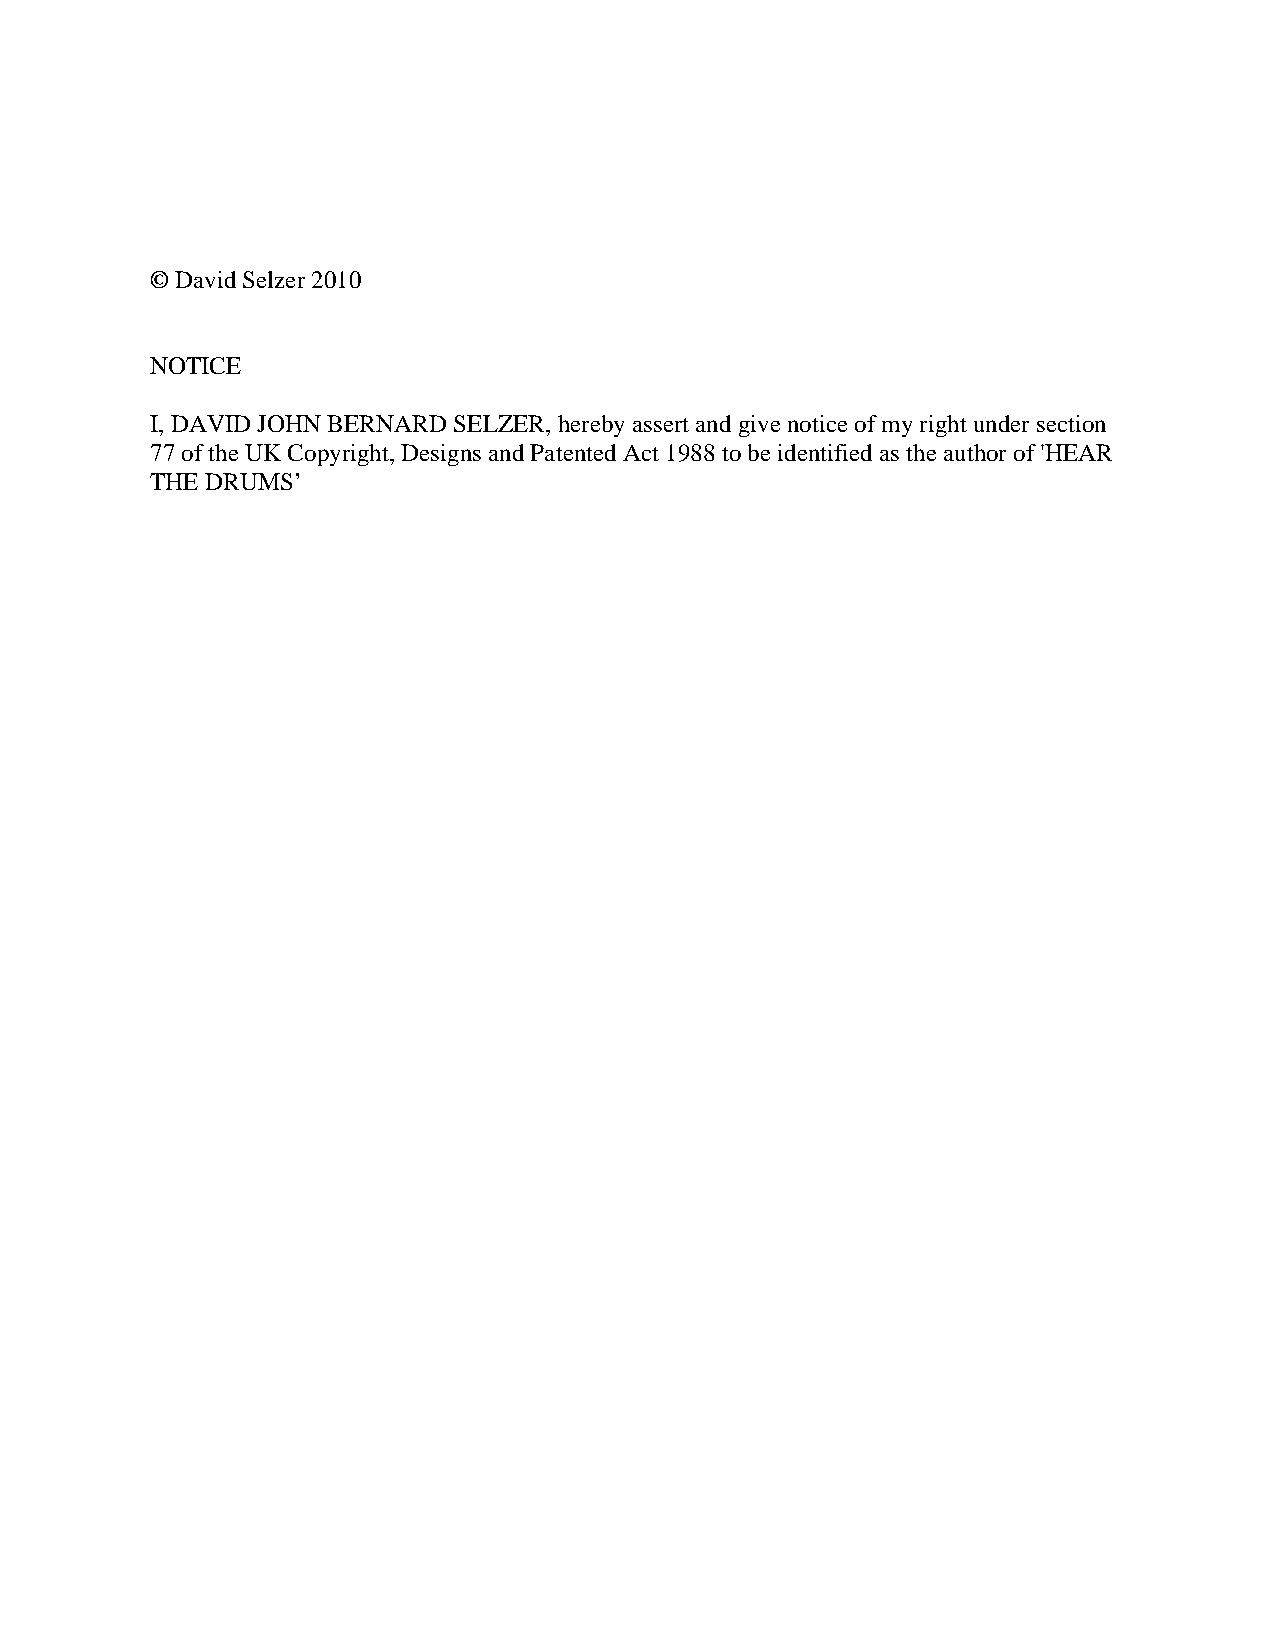
© David Selzer 2010
 NOTICE
 I, DAVID JOHN BERNARD SELZER, hereby assert and give notice of my right under section
 77 of the UK Copyright, Designs and Patented Act 1988 to be identified as the author of 'HEAR
 THE DRUMS’